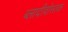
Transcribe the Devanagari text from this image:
ब्लादीवोस्तक